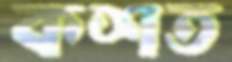
কশত